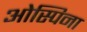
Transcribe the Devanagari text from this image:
ओस्पिना